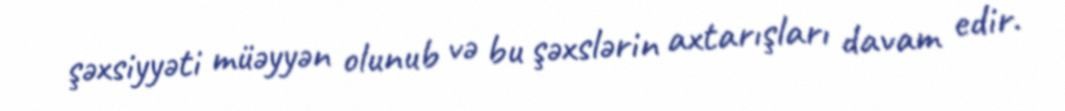
şəxsiyyəti müəyyən olunub və bu şəxslərin axtarışları davam edir.